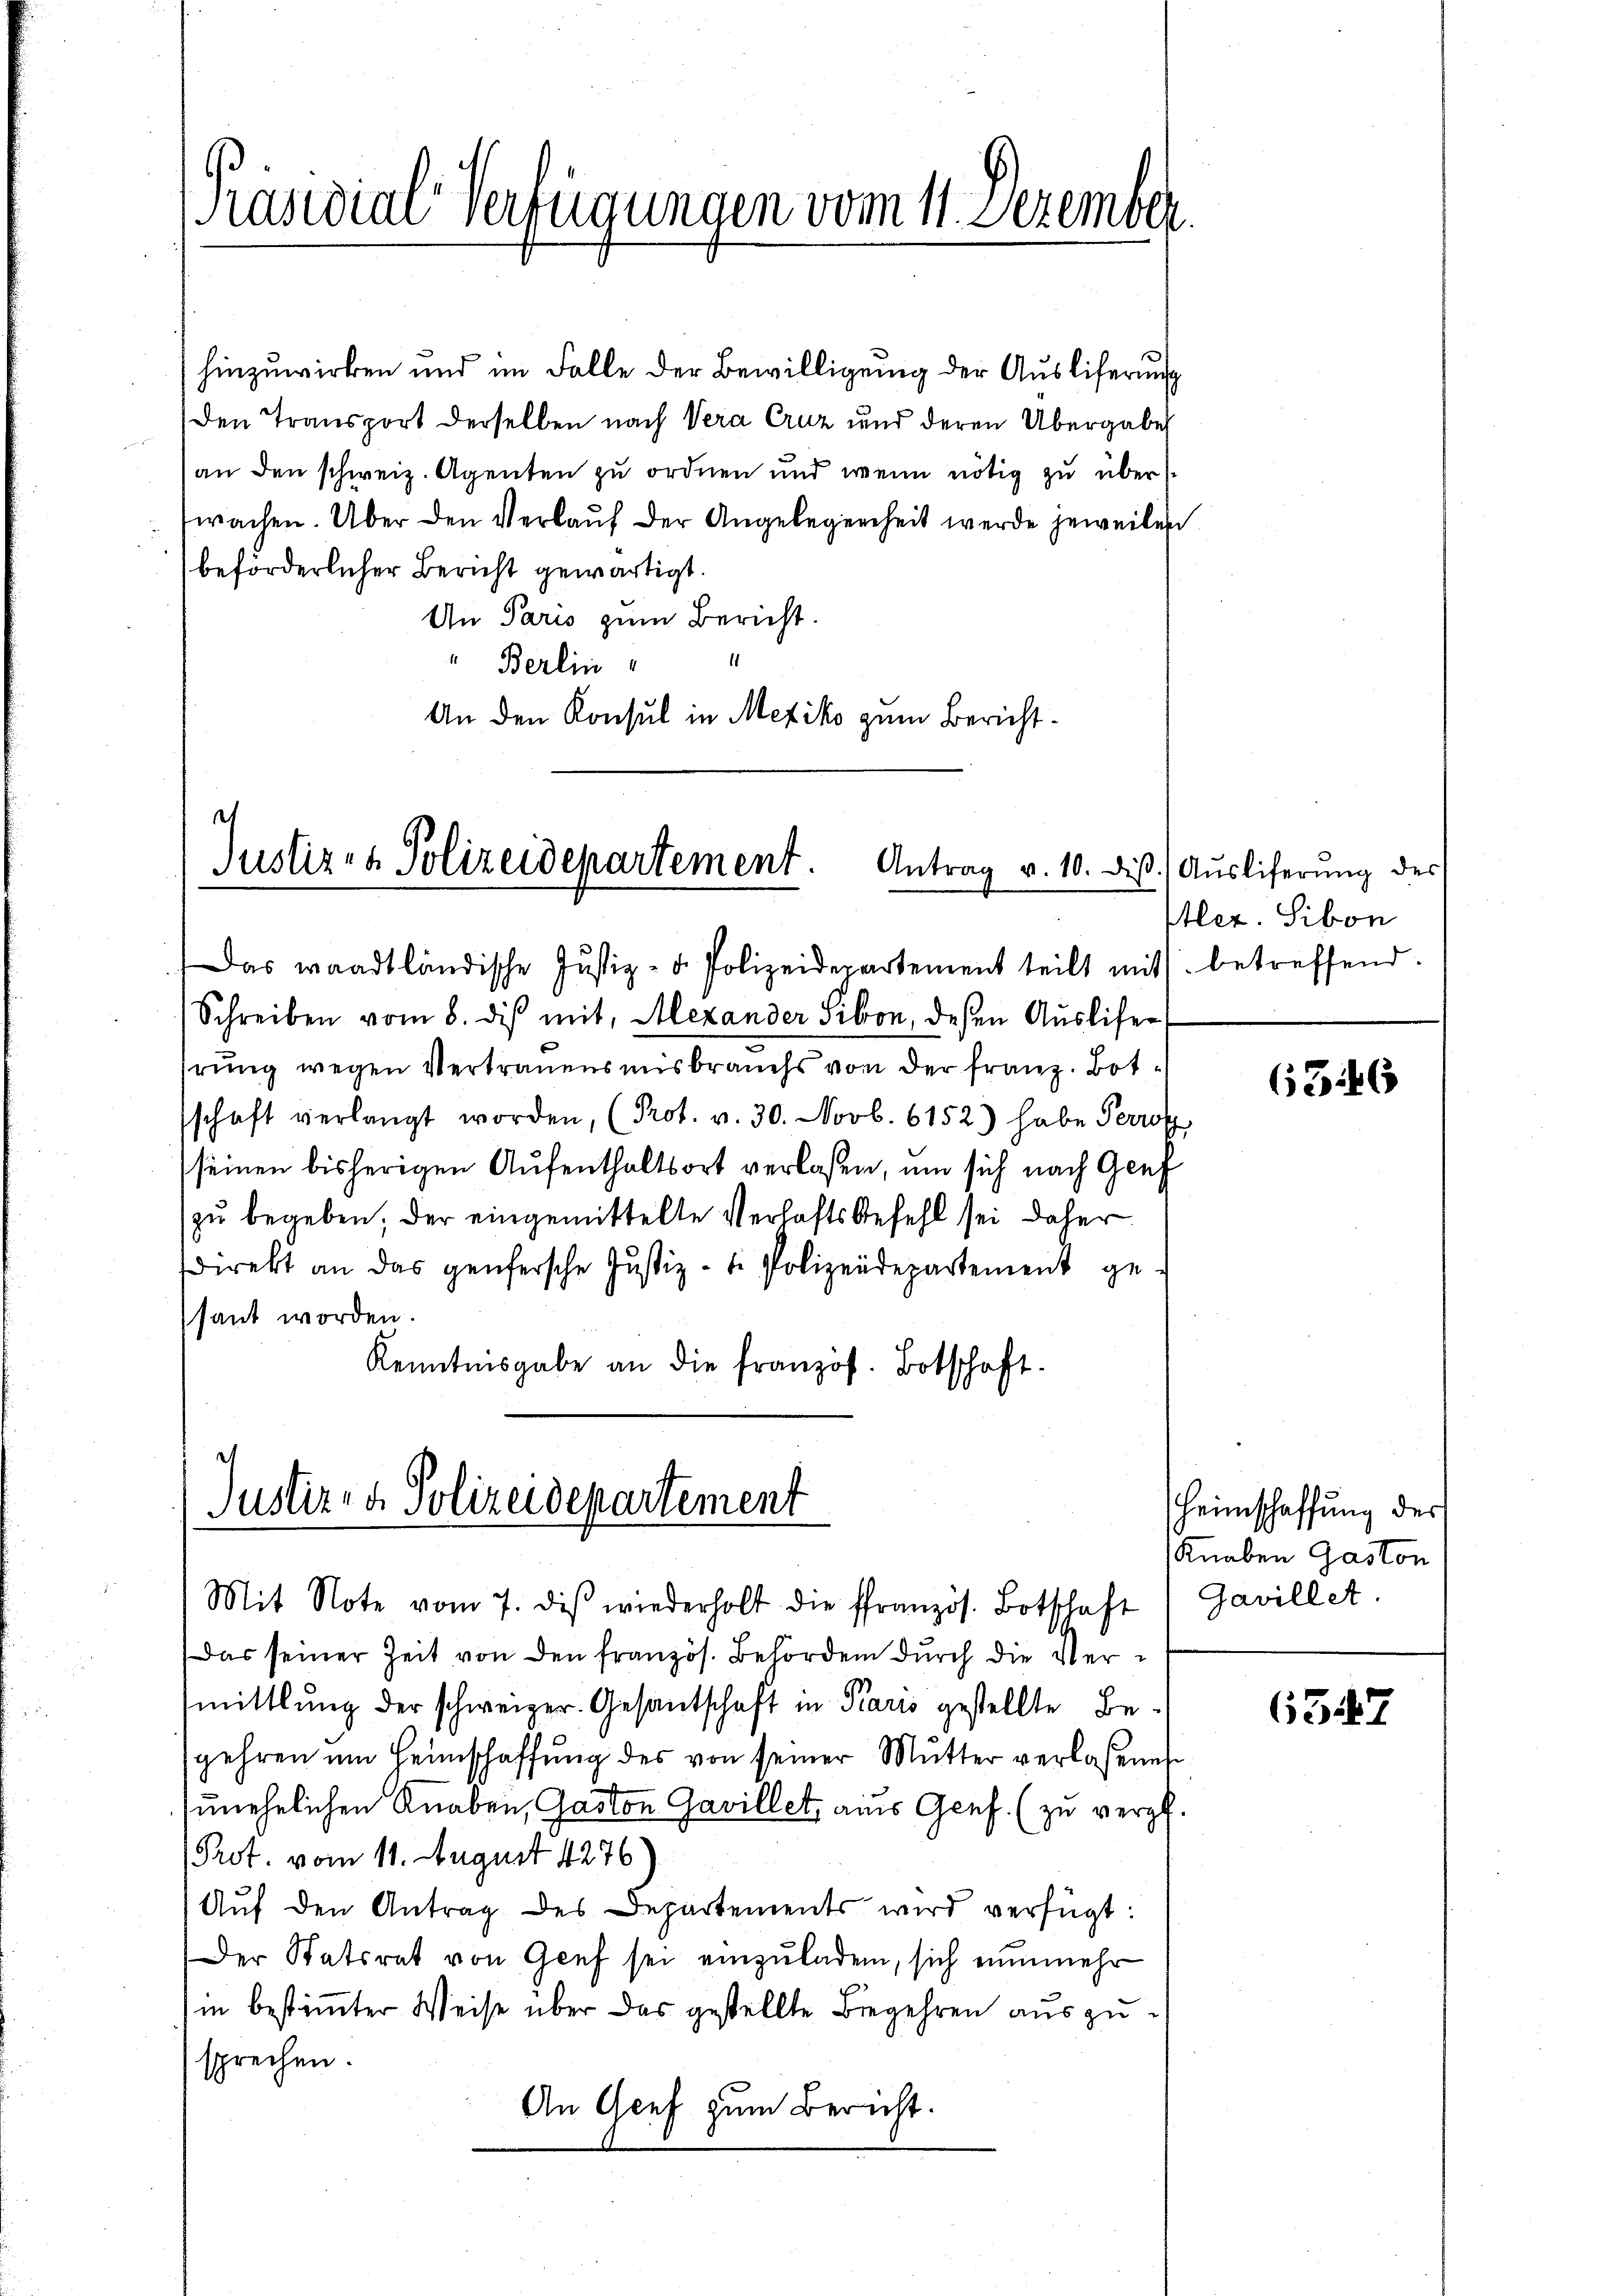
Präsidial-Verfügungen vom 11. Dezember

hinzuwirken und im Falle der Bewilligung der Ausliferung
Den Transport derselben nach Vera Cruz und deren Übergabe
an den schweiz. Agenten zu ordnen und wenn nötig zu über
wachen. Über den Verlaŭf der Angelegenheit werde jeweilen
beförderlicher Bericht gewärtigt.
An Paris zum Bericht.
" Berlin
An den Konsul in Mexiko zum Bericht¬

Justiz- & Polizeidepartement. Antrag v. 10. dieß.

Justiz- & Polizeidepartement

Das waadtländische Justiz- u. Polizeidepartement teilt mit s. betreffend.
Schreiben vom 8. dis mit, Alexander Sibon, deßen Ausliser
hrung wegen Vertrauensmisbrauchs von der Franz. Botschaft verlangt worden, (Prot. v. 30. Novb. 6152) habe Perrot
seinen bisherigen Aufenthaltsort verlassen, um sich nach Genf
zŭ begeben; der eingemittelte Verhaftsbefehl sei daher
direkt an das genfersche Justiz- u. Polizeidepartement ge-
saut worden.
Kenntnisgabe an die französ. Botschaft.

Mit Note vom 7. des wiederholt die französ. Botschaft 1 Gavillet.
Das seiner Zeit von den französ. Behörden durch die Vermittlung der schweizer. Gesantschaft in Paris gestellte Begehren um Heimschaffung des von seiner Mutter verlassenes
unehelichen Knaben, Gaston Gavillet, aus Genf. (zu vergl.
Prot. vom 11. August 1276)
Aŭf den Antrag des Departements wird verfügt:
Der Statsrat von Genf sei einzuladen, sich nunmehr
in bestimmter Weise über das gestellte Begehren auszusprechen.
An Genf zum Bericht.

Ausliferung des
Itler. Sibon

6546

Heimschaffung der
Knaben Gaston

6347